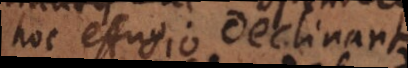
hoc effugio declinantes,